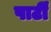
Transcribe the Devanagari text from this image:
पार्टीं